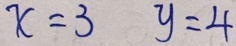
x = 3 y = 4